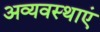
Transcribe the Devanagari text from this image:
अव्यवस्थाएं